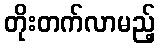
တိုးတက်လာမည့်